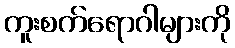
ကူးစက်ရောဂါများကို